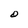
Character: O